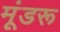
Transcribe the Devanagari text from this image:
मूंडरू